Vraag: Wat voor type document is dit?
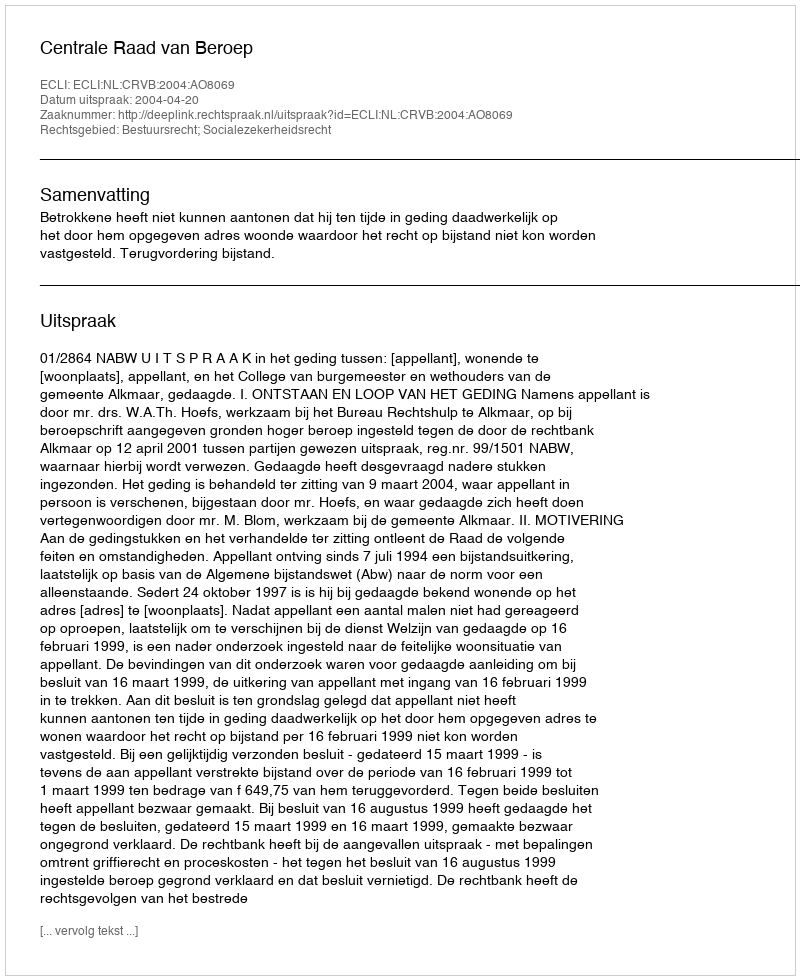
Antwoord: Uitspraak